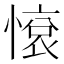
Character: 𢟦